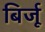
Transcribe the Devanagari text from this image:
बिर्जू